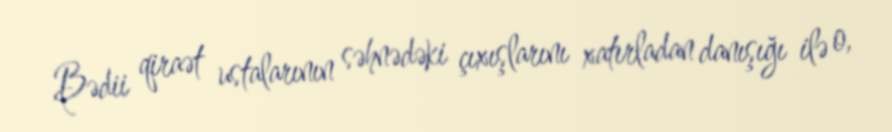
Bədii qiraət ustalarının səhnədəki çıxışlarını xatırladan danışığı ilə o,